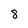
Character: 8